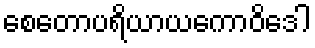
စေတောပရိယာယကောဝိဒေါ